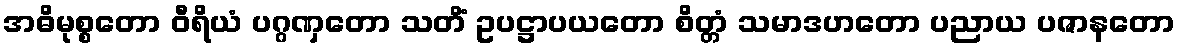
အဓိမုစ္စတော ဝီရိယံ ပဂ္ဂဏှတော သတိံ ဥပဋ္ဌာပယတော စိတ္တံ သမာဒဟတော ပညာယ ပဇာနတော